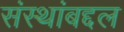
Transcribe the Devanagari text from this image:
संस्थांबद्दल